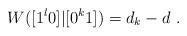
LaTeX: \begin{align*}W([1^l0]|[0^k1]) = d_k - d \ .\end{align*}